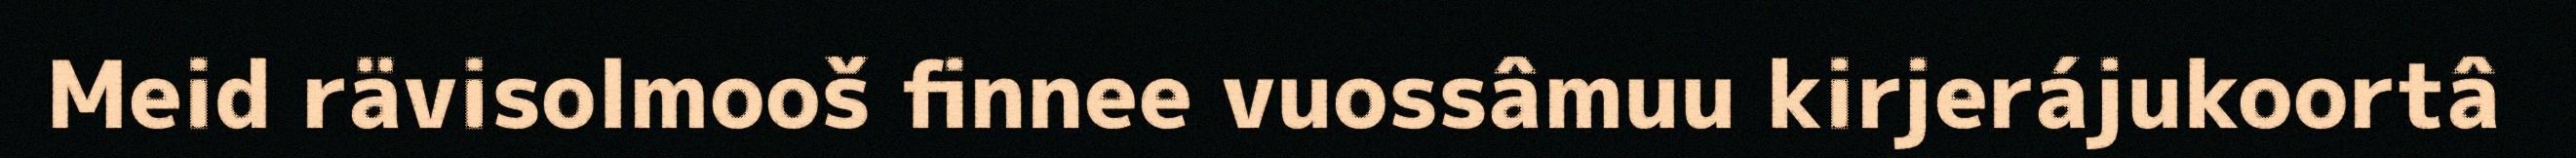
Meid rävisolmooš finnee vuossâmuu kirjerájukoortâ